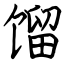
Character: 馏